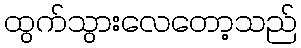
ထွက်သွားလေတော့သည်